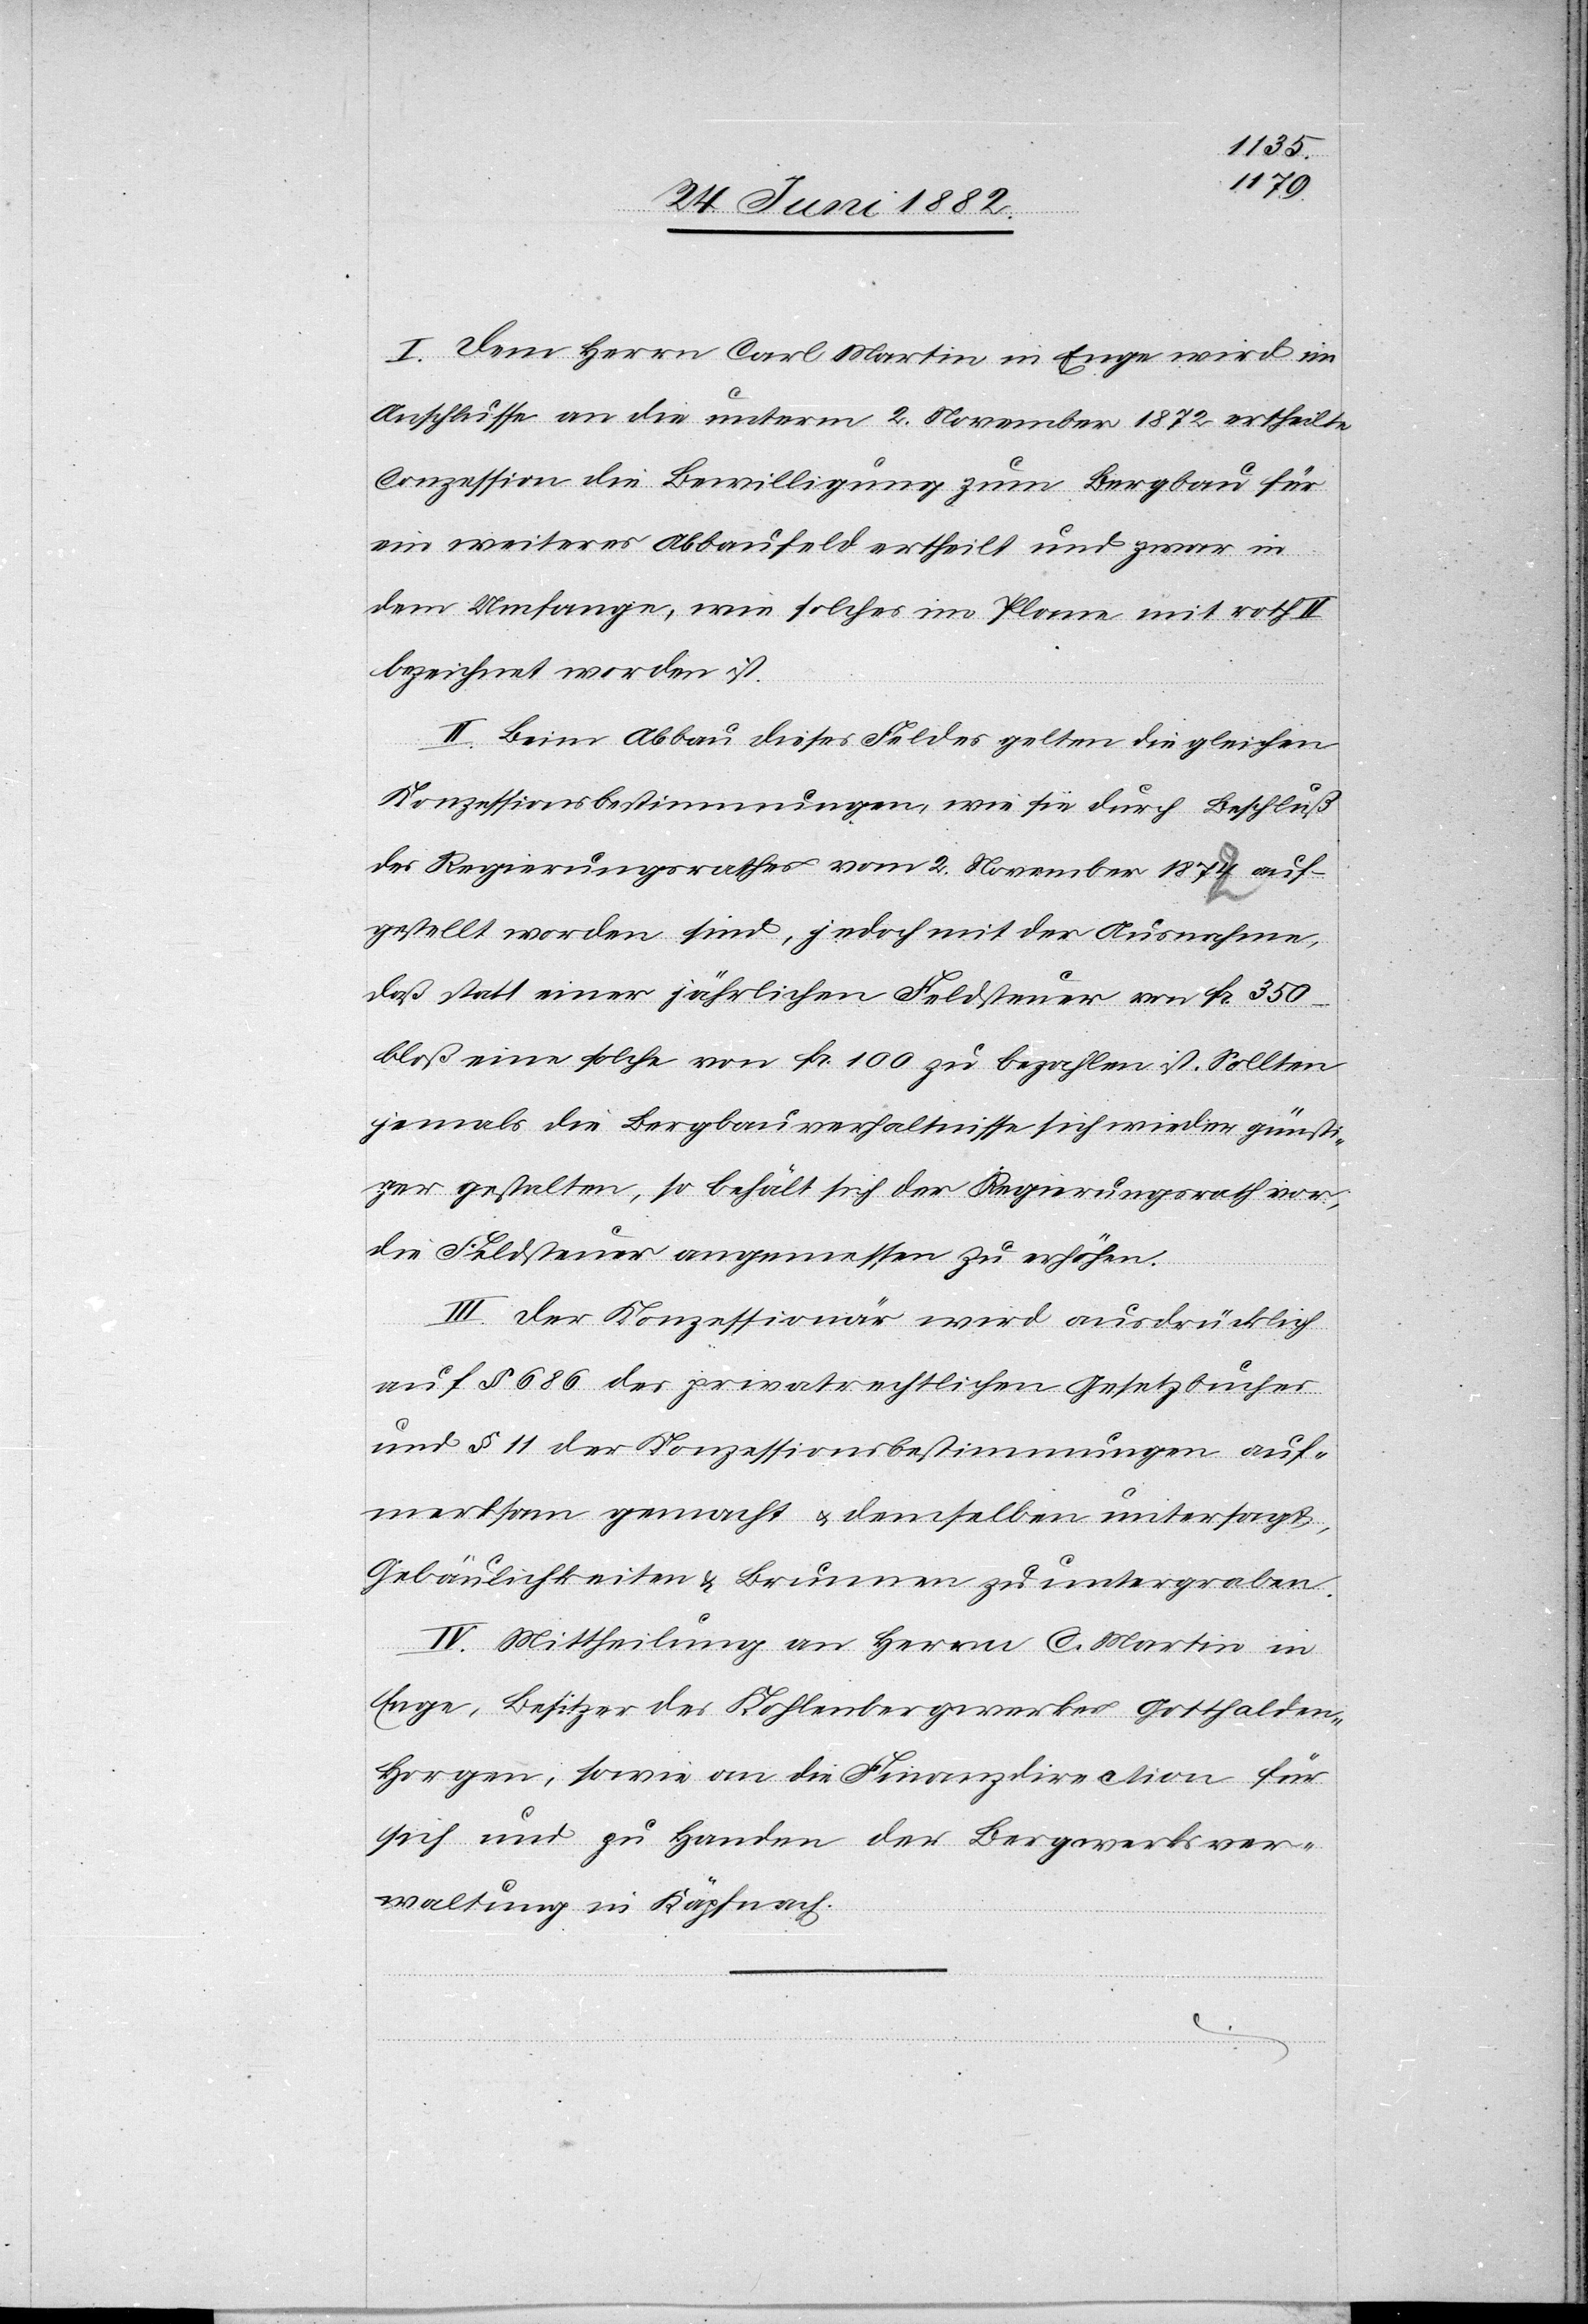
1872]
I. Dem Herrn Carl Martin in Enge wird im
Anschlusse an die unterm 2. November 1872 ertheilte
Conzession die Bewilligung zum Bergbau für
ein weiteres Abbaufeld ertheilt und zwar in
dem Umfange, wie solches im Plane mit roth
bezeichnet worden ist.
II. Beim Abbau dieses Feldes gelten die gleichen
Konzessionsbestimmungen, wie sie durch Beschluß
des Regierungsrathes vom 2. November 1874 [recte:
aufgestellt worden sind, jedoch mit der Ausnahme,
daß statt einer jährlichen Feldsteuer von Fr. 350
bloß eine solche von Fr. 100 zu bezahlen ist. Sollten
jemals die Bergbauverhältnisse sich wieder günsti¬
ger gestalten, so behält sich der Regierungsrath vor,
die Feldsteuer angemessen zu erhöhen.
III. Der Konzessionär wird ausdrücklich
auf § 686 des privatrechtlichen Gesetzbuches
und § 11 der Konzessionsbestimmungen auf¬
merksam gemacht u. demselben untersagt,
Gebäulichkeiten & Brunnen zu untergraben.
IV. Mittheilung an Herrn C. Martin in
Enge, Besitzer des Kohlenbergwerkes Gotthalden
Horgen, sowie an die Finanzdirection für
sich und zu Handen der Bergwerksver¬
waltung in Käpfnach.